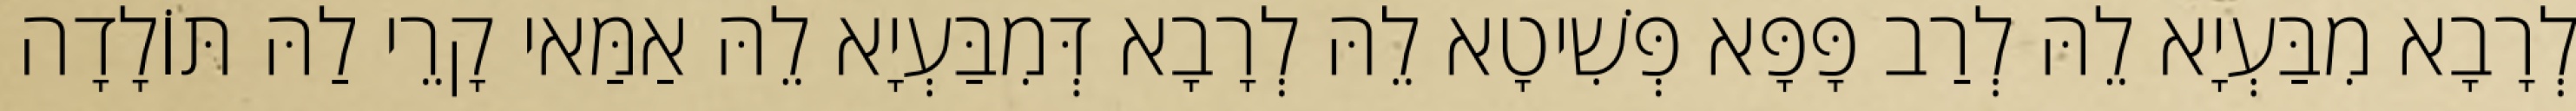
לְרָבָא מִבַּעְיָא לֵהּ לְרַב פָּפָּא פְּשִׁיטָא לֵהּ לְרָבָא דְּמִבַּעְיָא לֵהּ אַמַּאי קָרֵי לַהּ תּוֹלָדָה